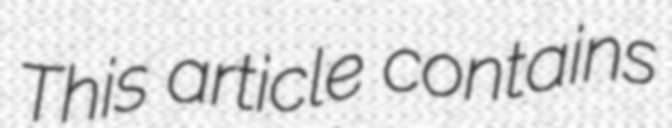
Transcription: This article contains